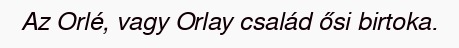
Az Orlé, vagy Orlay család ősi birtoka.